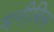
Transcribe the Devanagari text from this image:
मनीबिल